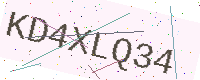
Text: KD4XLQ34